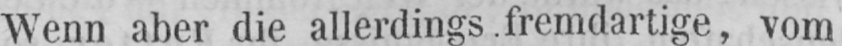
Wenn aber die allerdings fremdartige, vom